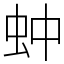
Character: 蚛